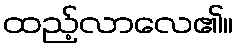
ထည့်လာလေ၏။